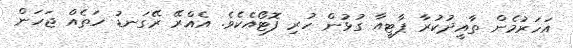
އަހަރުމެން ތާއީދުކުރާ ޕާޓީއާ ގުޅުން ހުރި ފޮޓޯއެކެވެ. އެއްރޭ ރޭގަނޑު ހަތެއް ޖަހަން